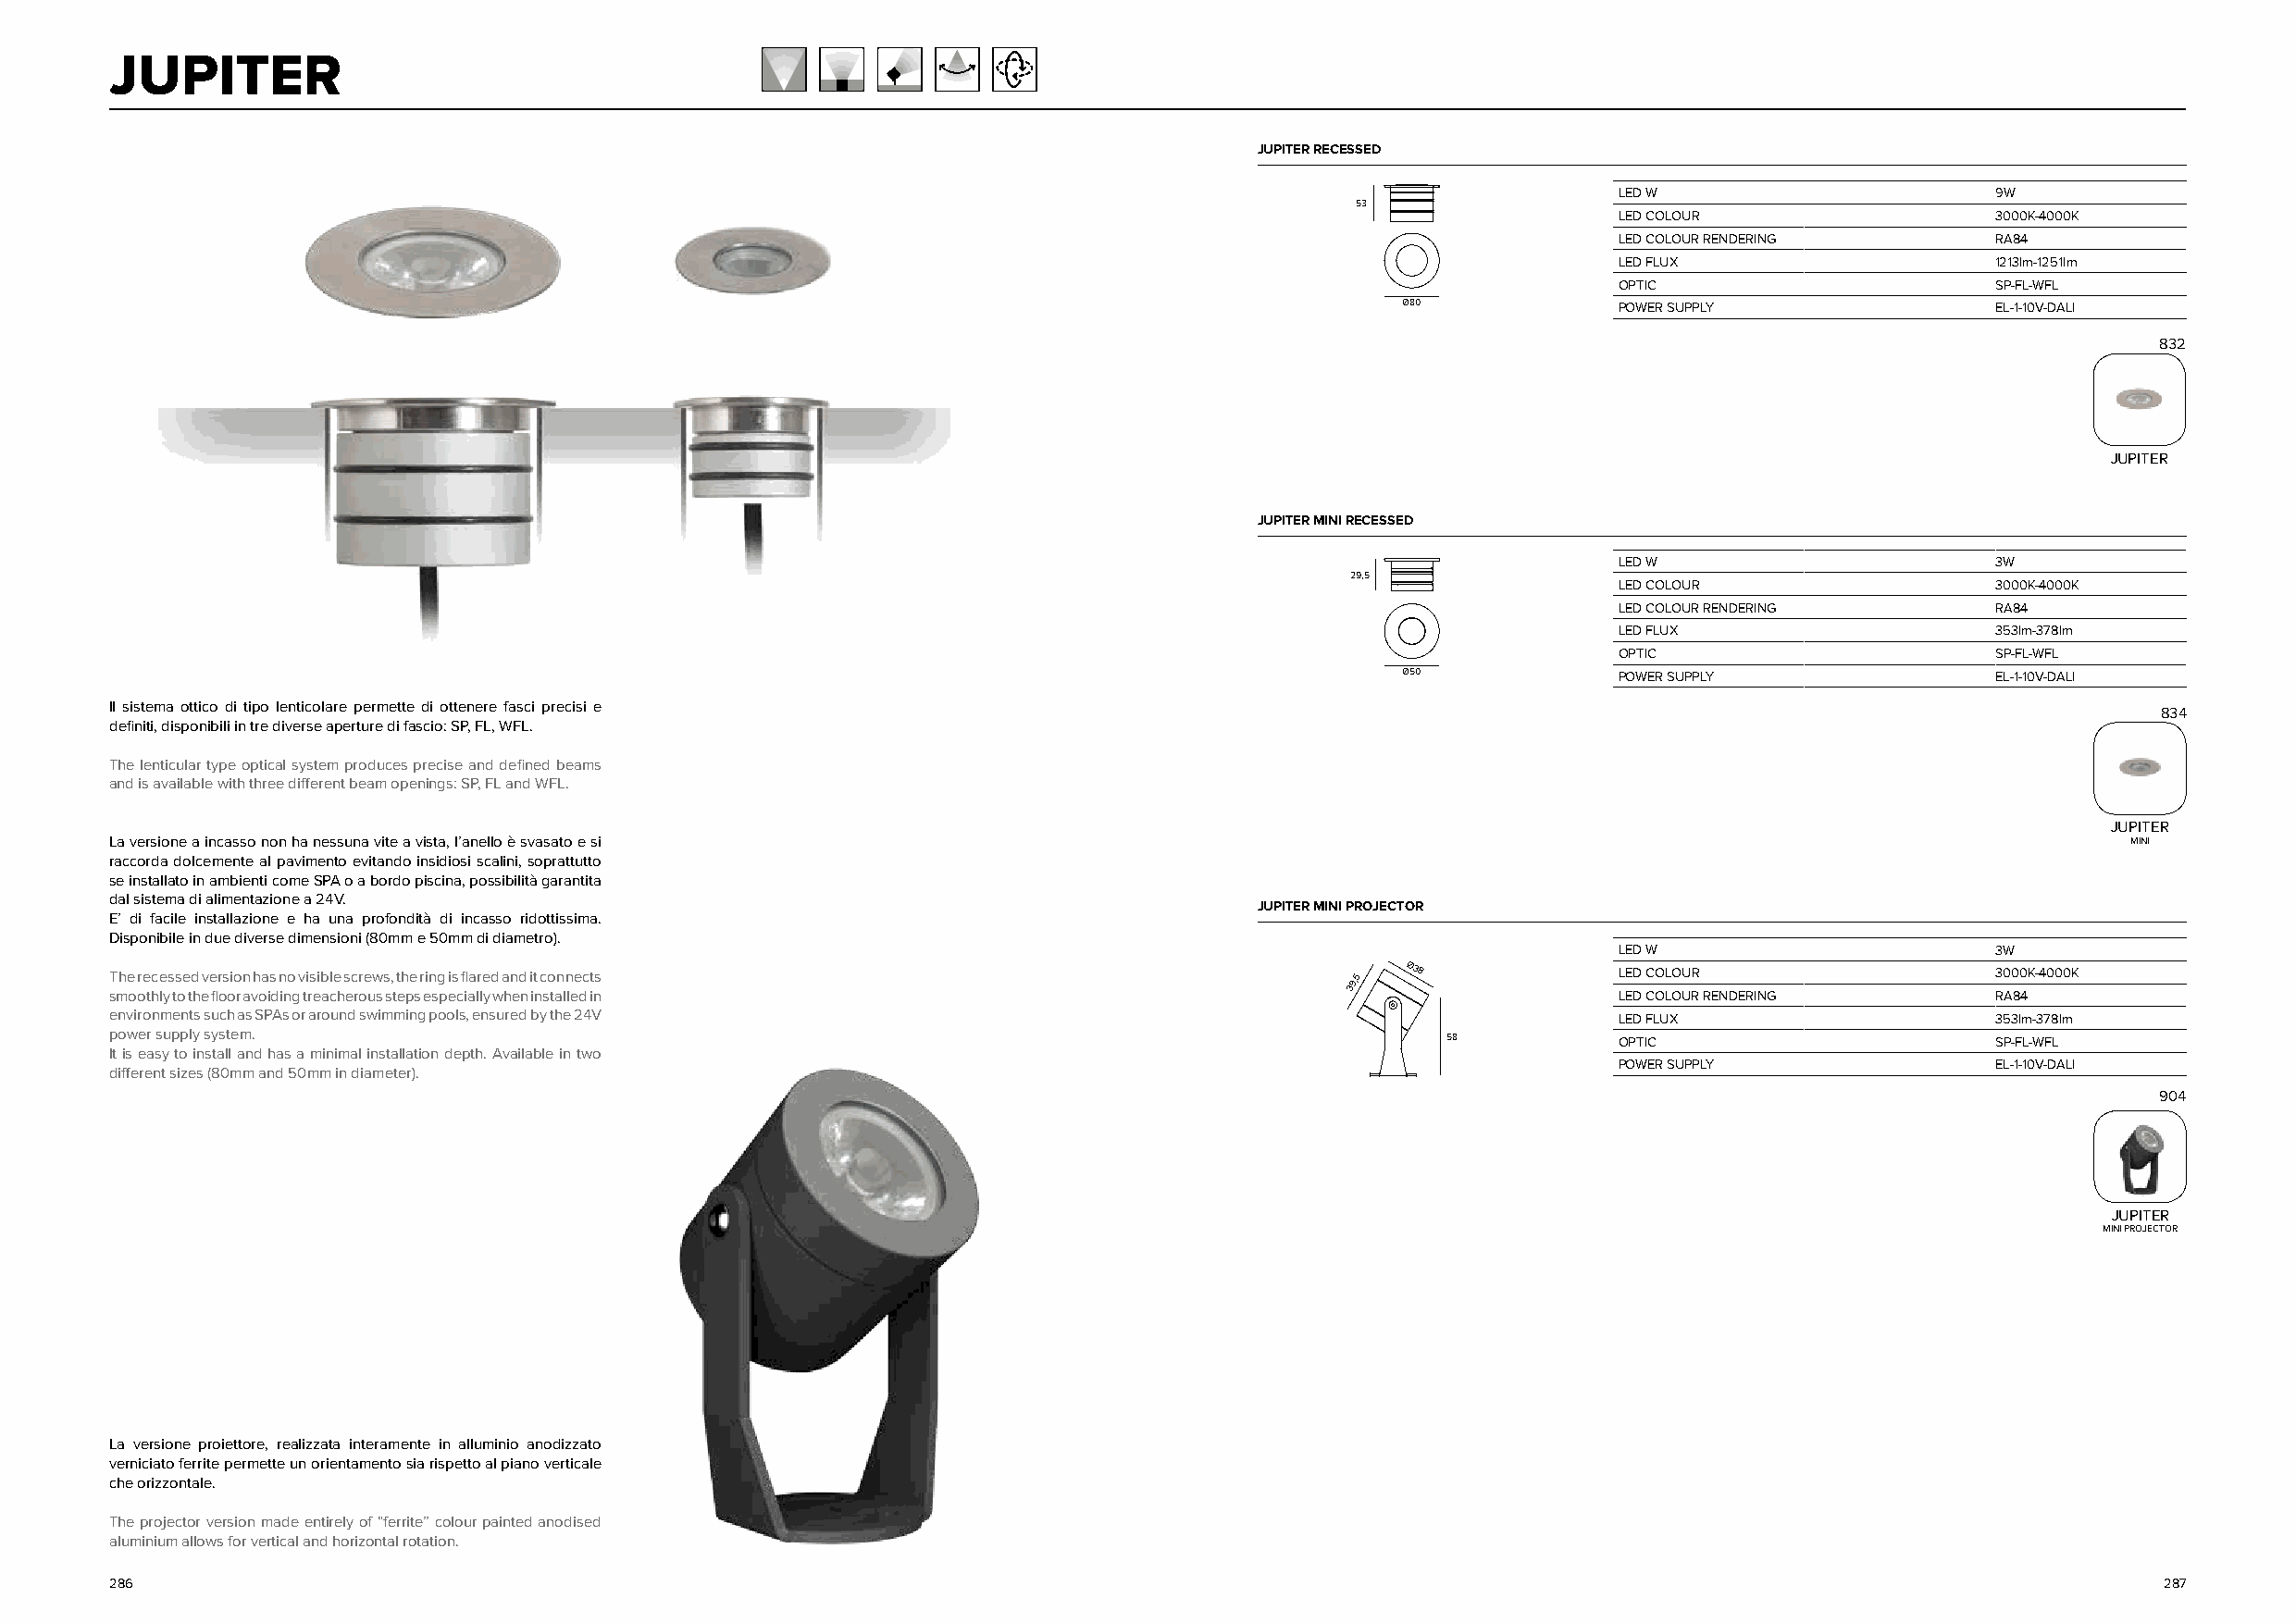
JUPITER
 JUPITER RECESSED
 LED W                      9W
 53
 LED COLOUR                 3000K-4000K
 LED COLOUR RENDERING       RA84
 LED FLUX                   1213lm-1251lm
 OPTIC                      SP-FL-WFL
 Ø80             POWER SUPPLY               EL-1-10V-DALI
 832
 JUPITER
 JUPITER MINI RECESSED
 LED W                      3W
 29,5
 LED COLOUR                 3000K-4000K
 LED COLOUR RENDERING       RA84
 LED FLUX                   353lm-378lm
 OPTIC                      SP-FL-WFL
 Ø50             POWER SUPPLY               EL-1-10V-DALI
 Il sistema ottico di tipo lenticolare permette di ottenere fasci precisi e
 834
 definiti, disponibili in tre diverse aperture di fascio: SP, FL, WFL.
 The lenticular type optical system produces precise and defined beams
 and is available with three different beam openings: SP, FL and WFL.
 JUPITER
 La versione a incasso non ha nessuna vite a vista, l’anello è svasato e si                                                                      MINI
 raccorda dolcemente al pavimento evitando insidiosi scalini, soprattutto
 se installato in ambienti come SPA o a bordo piscina, possibilità garantita
 dal sistema di alimentazione a 24V.
 JUPITER MINI PROJECTOR
 E’ di facile installazione e ha una profondità di incasso ridottissima.
 Disponibile in due diverse dimensioni (80mm e 50mm di diametro).
 LED W                      3W
 The recessed version has no visible screws, the ring is flared and it connects          39,5 Ø38            LED COLOUR                 3000K-4000K
 smoothly to the floor avoiding treacherous steps especially when installed in                               LED COLOUR RENDERING       RA84
 environments such as SPAs or around swimming pools, ensured by the 24V                                      LED FLUX                   353lm-378lm
 power supply system.                                                                           58           OPTIC                      SP-FL-WFL
 It is easy to install and has a minimal installation depth. Available in two
 POWER SUPPLY               EL-1-10V-DALI
 different sizes (80mm and 50mm in diameter).
 904
 JUPITER
 MINI PROJECTOR
 La versione proiettore, realizzata interamente in alluminio anodizzato
 verniciato ferrite permette un orientamento sia rispetto al piano verticale
 che orizzontale.
 The projector version made entirely of “ferrite” colour painted anodised
 aluminium allows for vertical and horizontal rotation.
 286                                                                                                                                                287